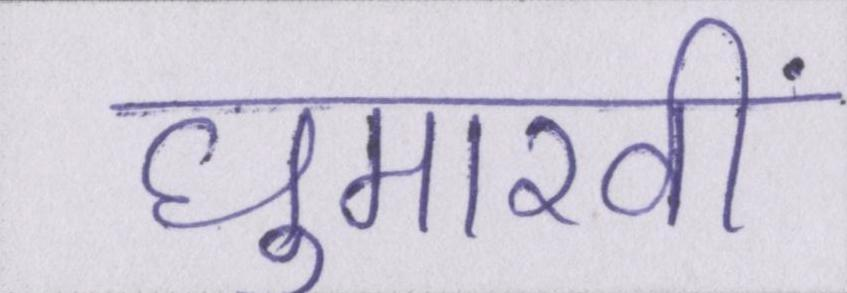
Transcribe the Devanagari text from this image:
घुमारवीं